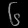
Digit: ၆